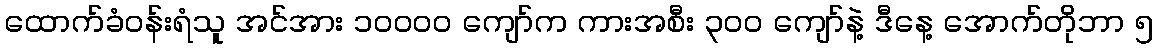
ထောက်ခံဝန်းရံသူ အင်အား ၁၀၀၀၀ ကျော်က ကားအစီး ၃၀၀ ကျော်နဲ့ ဒီနေ့ အောက်တိုဘာ ၅